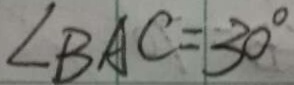
\angle B A C = 3 0 ^ { \circ }